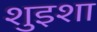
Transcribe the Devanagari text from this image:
शुइशा